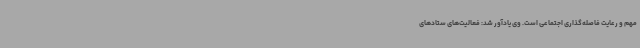
مهم و رعایت فاصله‌گذاری اجتماعی است. وی یادآور شد: فعالیت‌های ستادهای